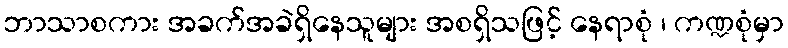
ဘာသာစကား အခက်အခဲရှိနေသူများ အစရှိသဖြင့် နေရာစုံ ၊ ကဏ္ဍစုံမှာ